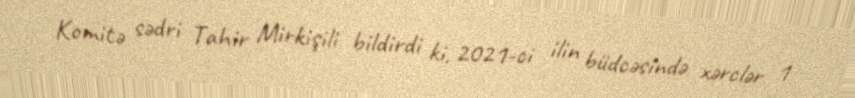
Komitə sədri Tahir Mirkişili bildirdi ki, 2021-ci ilin büdcəsində xərclər 1